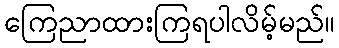
ကြေညာထားကြရပါလိမ့်မည်။